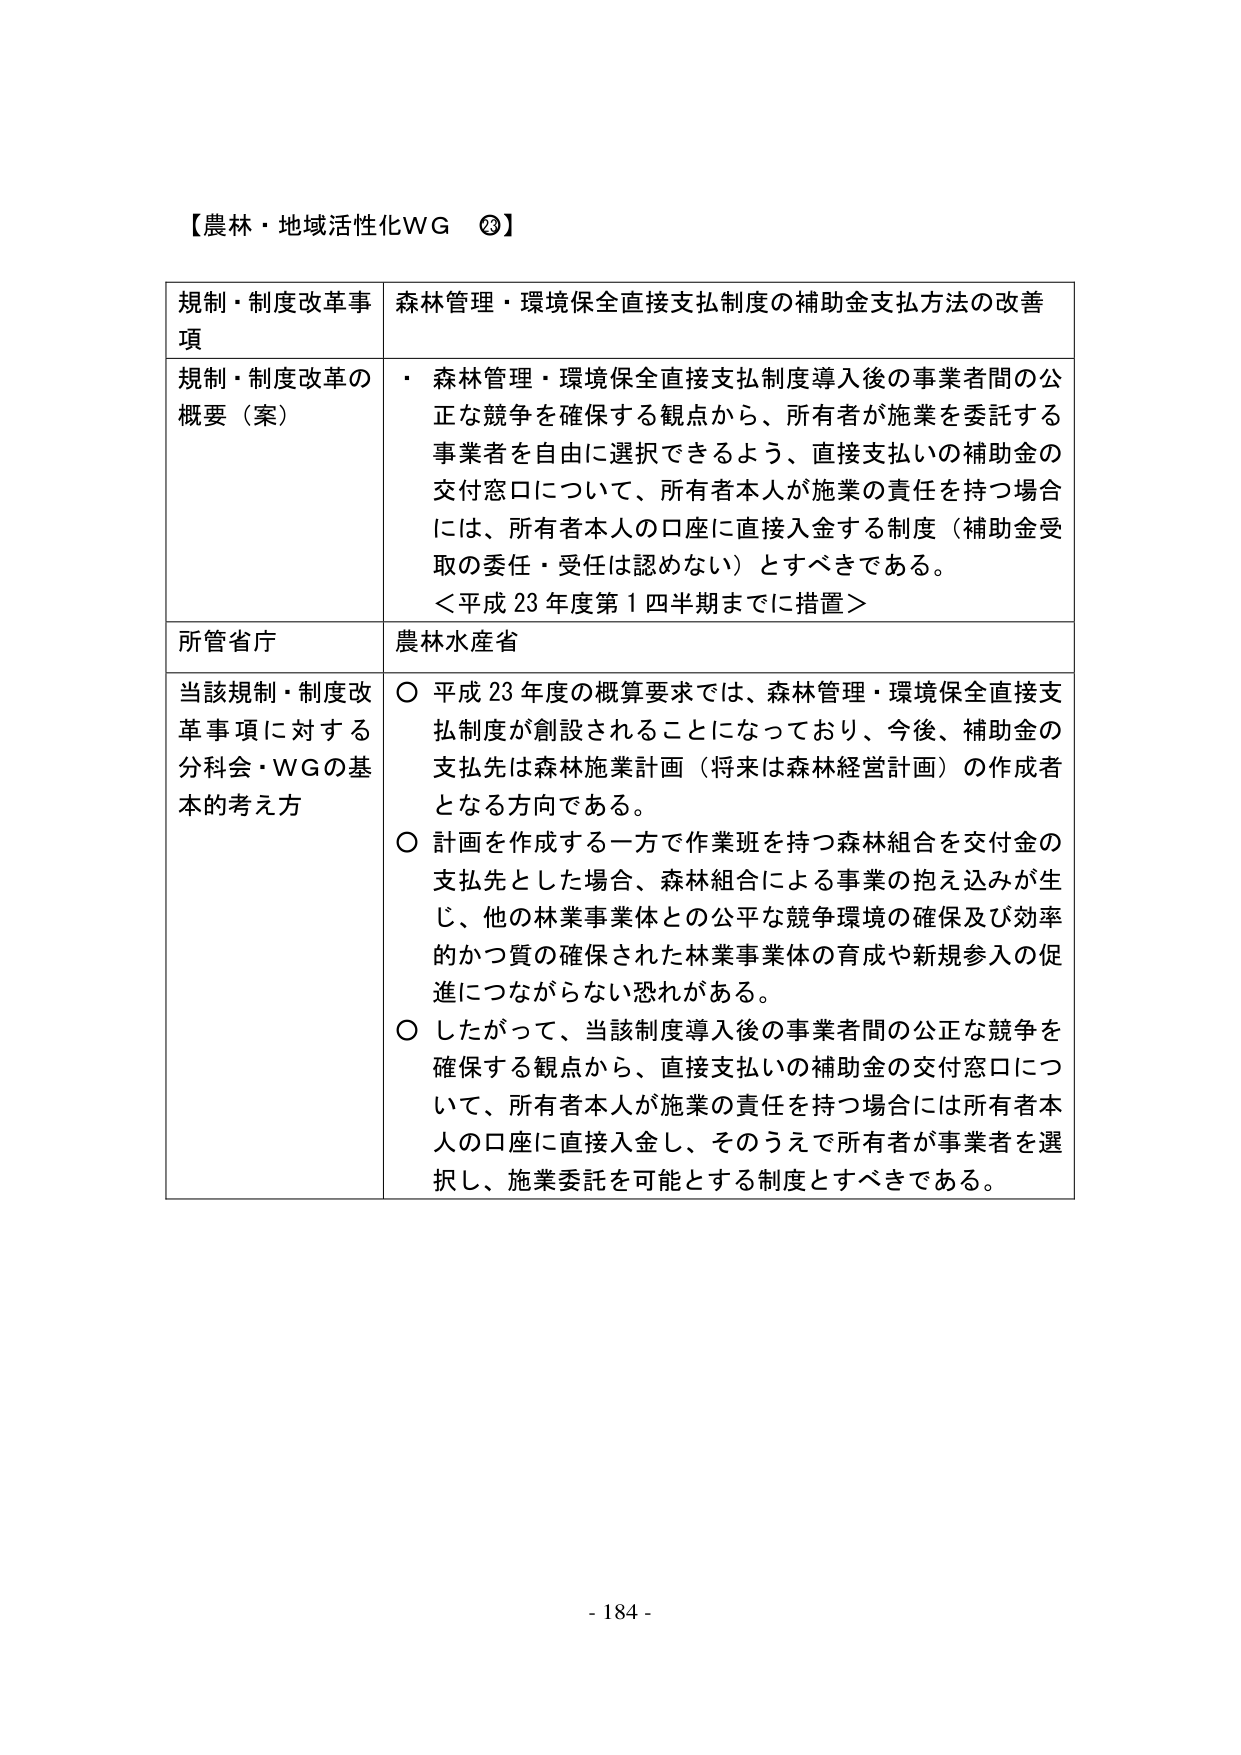
【農林・地域活性化WG ②】

規制・制度改革事項　　森林管理・環境保全直接支払制度の補助金支払方法の改善

規制・制度改革の概要（案）　・ 森林管理・環境保全直接支払制度導入後の事業者間の公正な競争を確保する観点から、所有者が施業を委託する事業者を自由に選択できるよう、直接支払いの補助金の交付窓口について、所有者本人が施業の責任を持つ場合には、所有者本人の口座に直接入金する制度（補助金受取の委任・受任は認めない）とすべきである。
＜平成23年度第1四半期までに措置＞

所管省庁　　農林水産省

当該規制・制度改革事項に対する分科会・WGの基本的考え方　○ 平成23年度の概算要求では、森林管理・環境保全直接支払制度が創設されることになっており、今後、補助金の支払先は森林施業計画（将来は森林経営計画）の作成者となる方向である。
○ 計画を作成する一方で作業班を持つ森林組合を交付金の支払先とした場合、森林組合による事業の抱え込みが生じ、他の林業事業体との公平な競争環境の確保及び効率的かつ質の確保された林業事業体の育成や新規参入の促進につながらない恐れがある。
○ したがって、当該制度導入後の事業者間の公正な競争を確保する観点から、直接支払いの補助金の交付窓口について、所有者本人が施業の責任を持つ場合には所有者本人の口座に直接入金し、そのうえで所有者が事業者を選択し、施業委託を可能とする制度とすべきである。

- 184 -